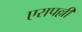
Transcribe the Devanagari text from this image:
एरापल्ली